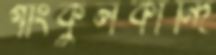
গাংকুলকান্দি